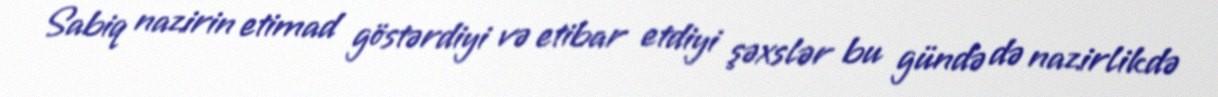
Sabiq nazirin etimad göstərdiyi və etibar etdiyi şəxslər bu gündə də nazirlikdə